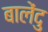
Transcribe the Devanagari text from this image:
बालेंदु